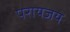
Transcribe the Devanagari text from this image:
परायजय